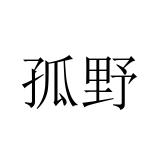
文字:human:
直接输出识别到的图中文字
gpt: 孤野